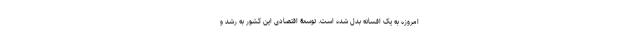
امروزه به یک افسانه بدل شده است. توسعۀ اقتصادی این کشور به رشد و